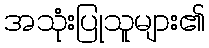
အသုံးပြုသူများ၏